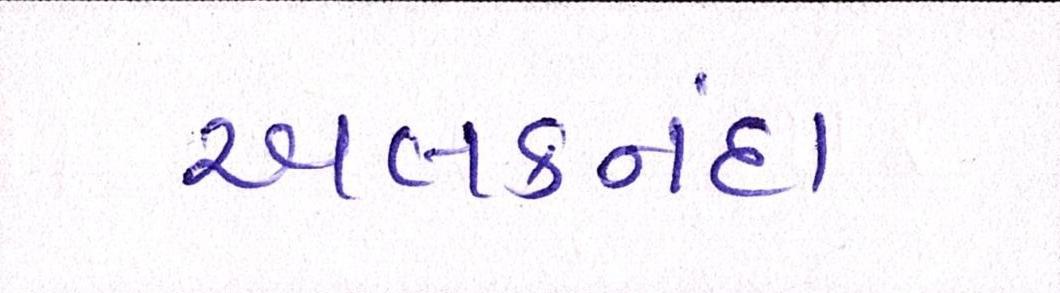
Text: અલકનંદા